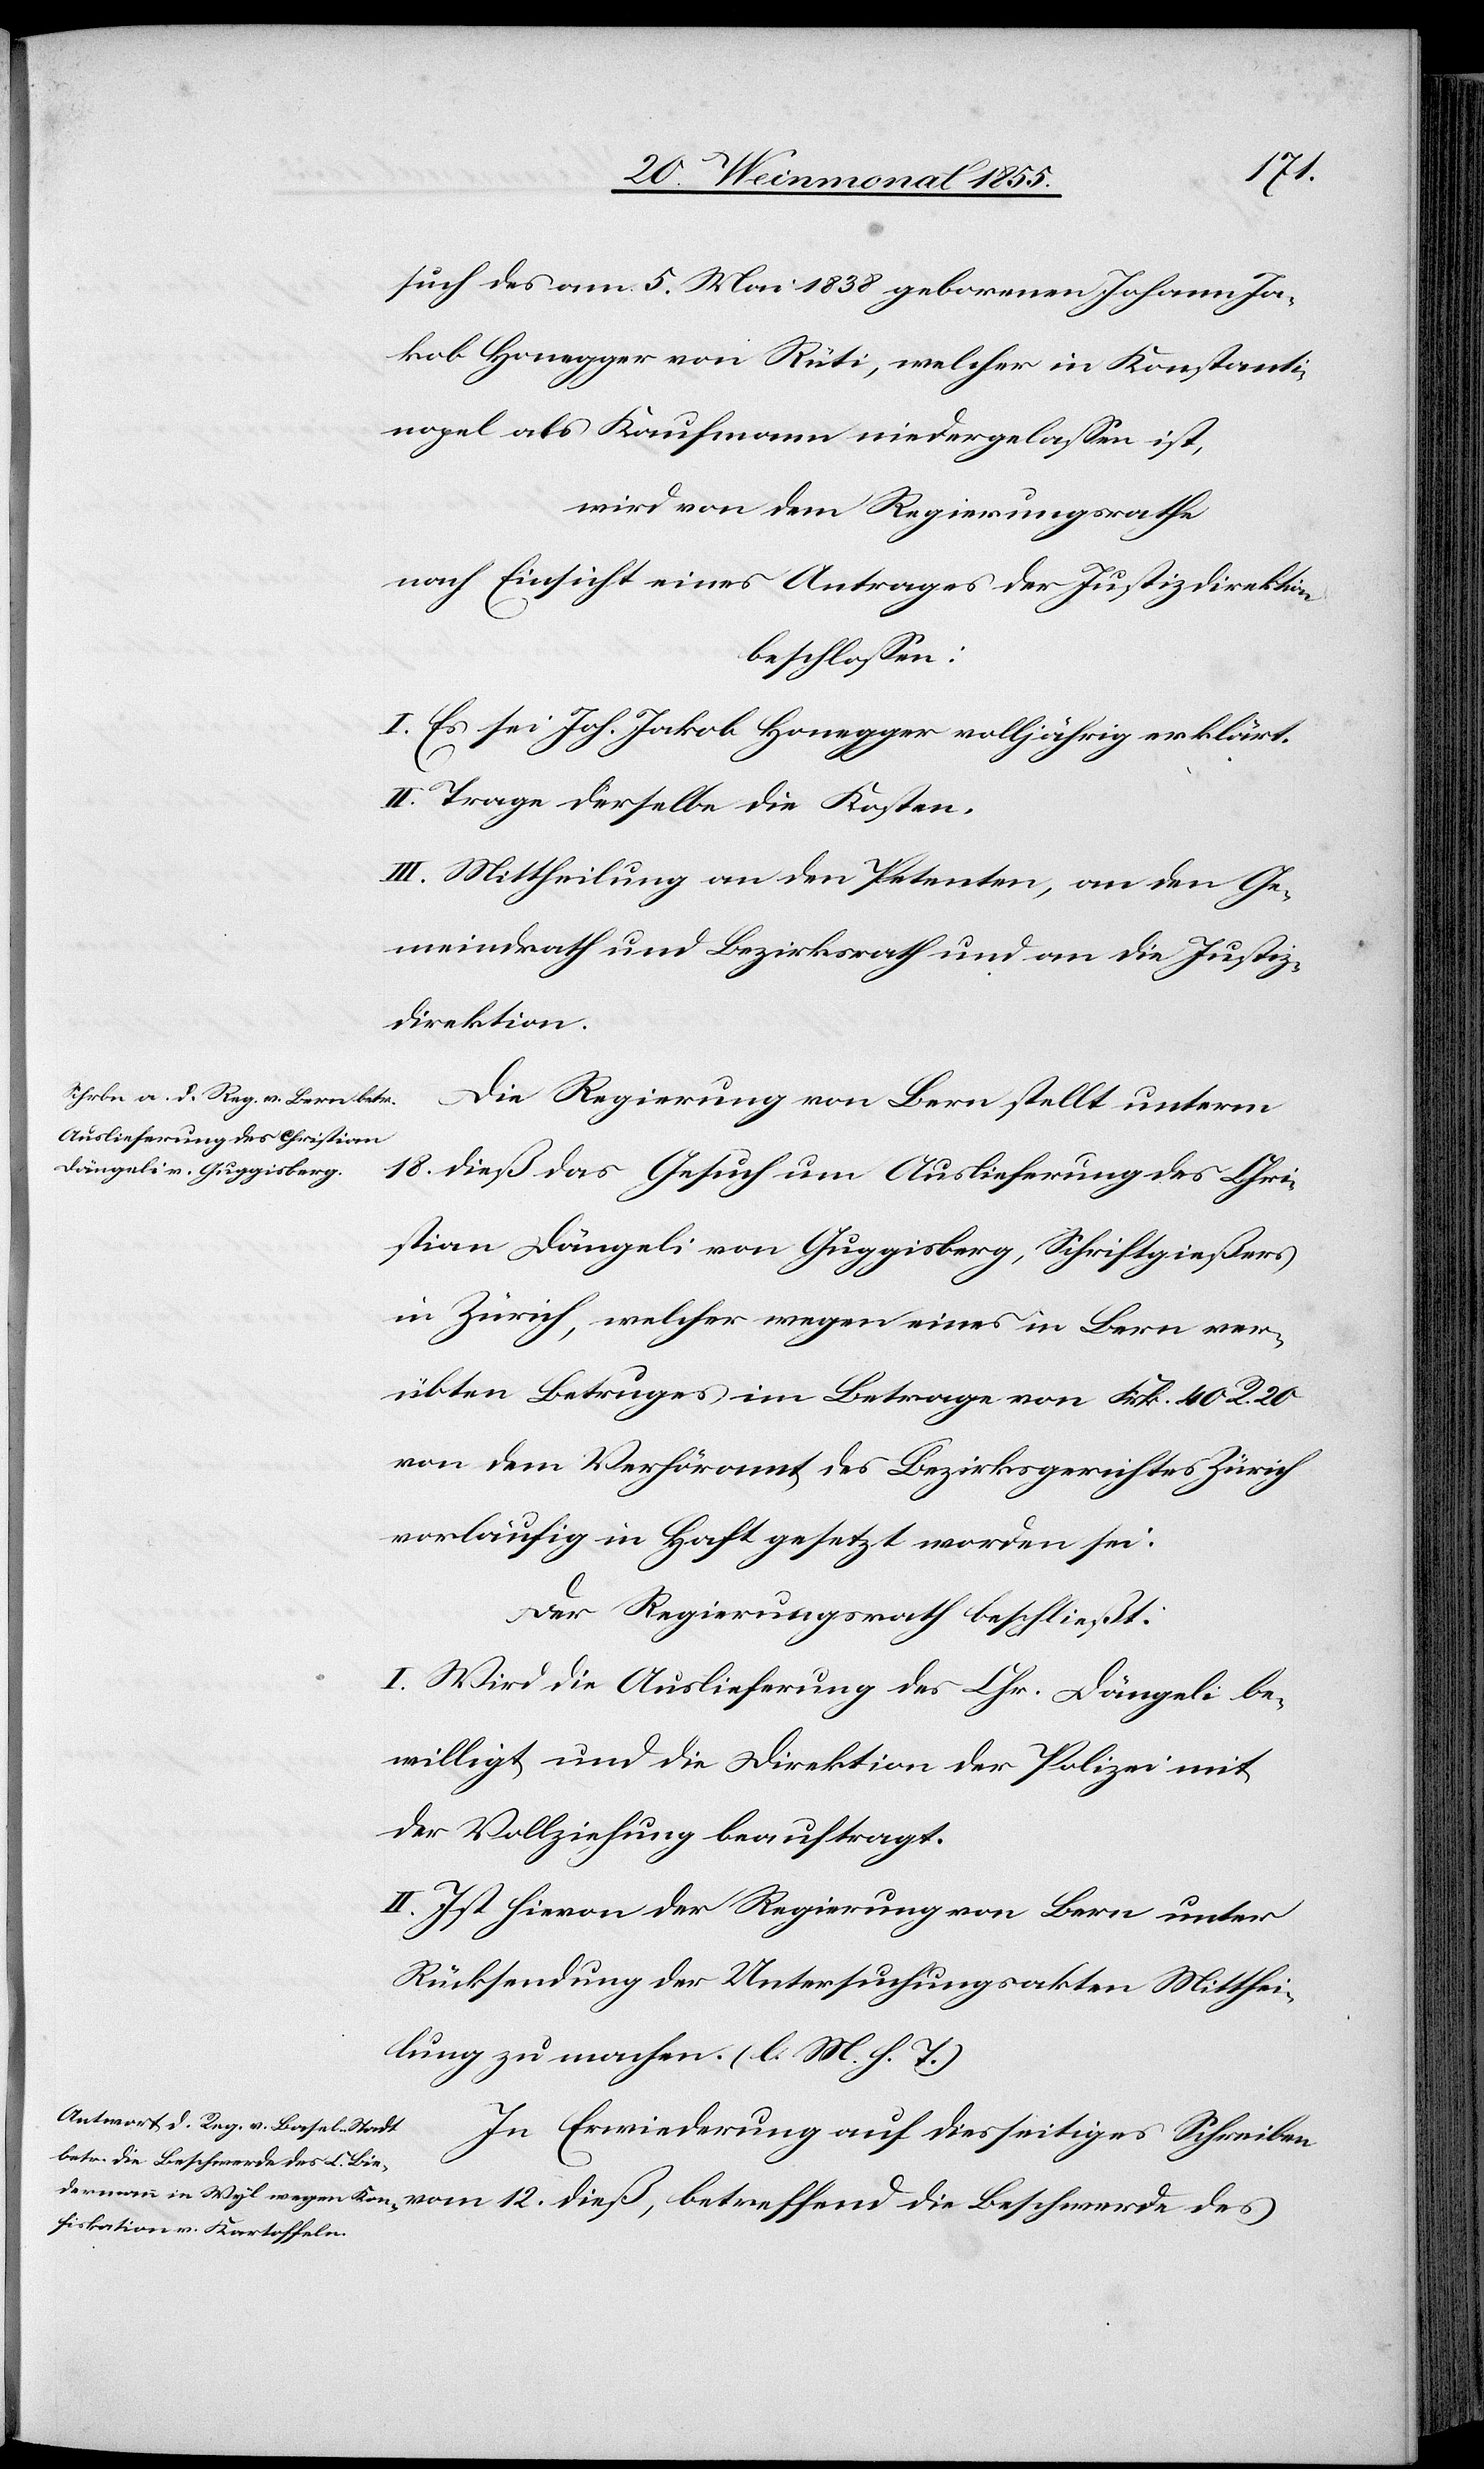
die
such des am 5. Mai 1838 geborenen Johann Ja¬
kob Honegger von Rüti, welcher in Konstanti¬
nopel als Kaufmann niedergelassen ist,
wird von dem Regierungsrathe
nach Einsicht eines Antrages der Justizdirektion
beschlossen:
I. Es sei Joh. Jakob Honegger volljährig erklärt.
II. Trage derselbe die Kosten.
III. Mittheilung an den Petenten, an den Ge¬
meindrath und Bezirksrath und an die Justiz¬
direktion.
Die Regierung von Bern stellt unterm
18. dieß das Gesuch um Auslieferung des Chri¬
stian Dängeli von Guggisberg, Schriftgießers
in Zürich, welcher wegen eines in Bern ver¬
übten Betruges im Betrage von Frk. 40 R. 20
von dem Verhöramt des Bezirksgerichtes Zürich
vorläufig in Haft gesetzt worden sei.
Der Regierungsrath beschließt:
I. Wird die Auslieferung des Chr. Dängeli be¬
willigt und die Direktion der Polizei mit
der Vollziehung beauftragt.
II. Ist hievon der Regierung von Bern unter
Rücksendung der Untersuchungsakten Mitthei¬
lung zu machen. (l. M. h. T.)
In Erwiederung auf diesseitiges Schreiben